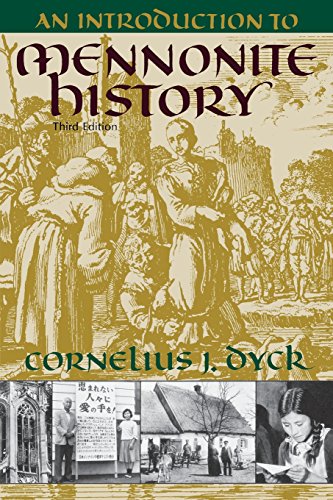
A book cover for An Introduction to Mennonite History: A Popular History of the Anabaptists and the Mennonites; C J Dyck; Christian Books & Bibles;